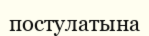
постулатына